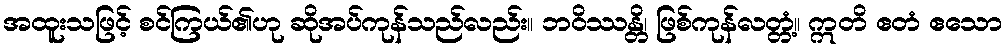
အထူးသဖြင့် စင်ကြယ်၏ဟု ဆိုအပ်ကုန်သည်လည်း။ ဘဝိဿန္တိ၊ ဖြစ်ကုန်လတ္တံ့။ ဣတိ ဧတံ ဧသော